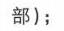
部);